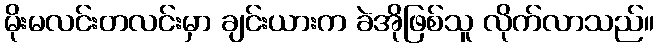
မိုးမလင်းတလင်းမှာ ချင်းယားက ခဲအိုဖြစ်သူ လိုက်လာသည်။